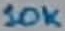
Text: 10K